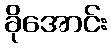
ခိုအောင်း